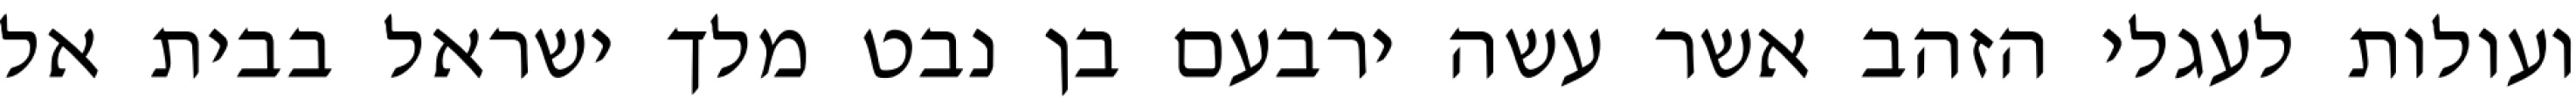
ועולות לעגלי הזהב אשר עשה ירבעם בן נבט מלך ישראל בבית אל